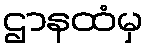
ဌာနထံမှ